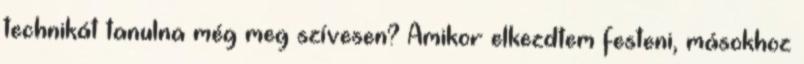
technikát tanulna még meg szívesen? Amikor elkezdtem festeni, másokhoz